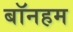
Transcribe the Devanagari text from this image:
बॉनहम